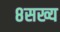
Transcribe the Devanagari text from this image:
८सख्य